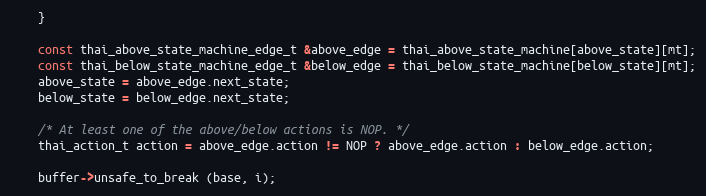
Language: C++
    }

    const thai_above_state_machine_edge_t &above_edge = thai_above_state_machine[above_state][mt];
    const thai_below_state_machine_edge_t &below_edge = thai_below_state_machine[below_state][mt];
    above_state = above_edge.next_state;
    below_state = below_edge.next_state;

    /* At least one of the above/below actions is NOP. */
    thai_action_t action = above_edge.action != NOP ? above_edge.action : below_edge.action;

    buffer->unsafe_to_break (base, i);